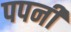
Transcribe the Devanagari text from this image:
पपनी